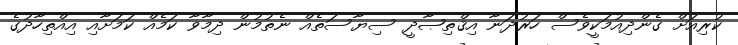
ކުރިއަށް ގެންދިއުމަކީވެސް ހަރުދަނާ އިޤްތިޞާދީ ސިޔާސަތެއް ނެތުމުން ދިމާވާ ކަމެއް ކަމަށާއި އިއްތިހާދުގެ